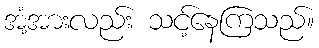
အံ့အားလည်း သင့်နေကြသည်။